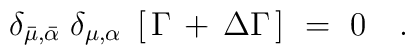
\delta_{\bar{\mu}, \bar{\alpha}} \;\delta_{\mu, \alpha} \;\left[ \, \Gamma \, + \, \Delta \Gamma \, \right] \ = \ 0\ \ \ .